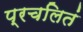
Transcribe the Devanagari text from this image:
प्रचलितं